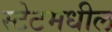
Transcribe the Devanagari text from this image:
स्टेटमधील